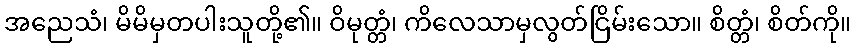
အညေသံ၊ မိမိမှတပါးသူတို့၏။ ဝိမုတ္တံ၊ ကိလေသာမှလွတ်ငြိမ်းသော။ စိတ္တံ၊ စိတ်ကို။